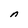
Character: n